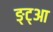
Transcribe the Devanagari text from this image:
ङ्ट्आ